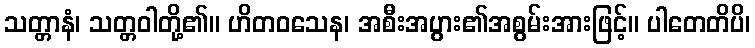
သတ္တာနံ၊ သတ္တဝါတို့၏။ ဟိတဝသေန၊ အစီးအပွား၏အစွမ်းအားဖြင့်။ ပါတေတိပိ၊